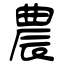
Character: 農